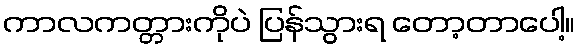
ကာလကတ္တားကိုပဲ ပြန်သွားရ တော့တာပေါ့။